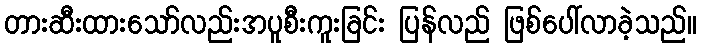
တားဆီးထားသော်လည်းအပူစီးကူးခြင်း ပြန်လည် ဖြစ်ပေါ်လာခဲ့သည်။